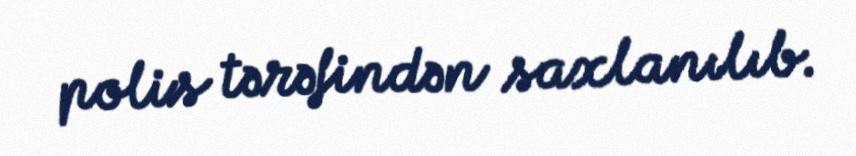
polis tərəfindən saxlanılıb.